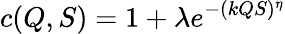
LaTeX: c(Q,S)=1+\lambda e^{-(kQS)^{\eta}}